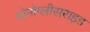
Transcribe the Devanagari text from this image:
मोनोग्लीसराइड